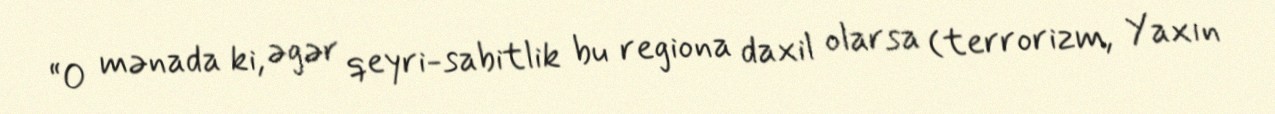
“O mənada ki, əgər qeyri-sabitlik bu regiona daxil olarsa (terrorizm, Yaxın